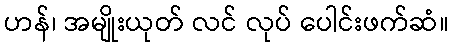
ဟန်၊ အမျိုးယုတ် လင် လုပ် ပေါင်းဖက်ဆံ။